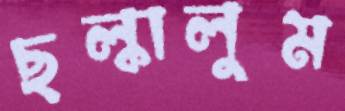
ছল্‌কালুম